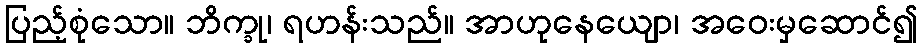
ပြည့်စုံသော။ ဘိက္ခု၊ ရဟန်းသည်။ အာဟုနေယျော၊ အဝေးမှဆောင်၍